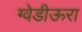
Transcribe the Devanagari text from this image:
ग्वेडीऊरा